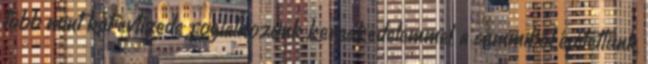
több mint két évtizede foglalkozunk kereskedelemmel, a semmiből építettünk